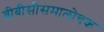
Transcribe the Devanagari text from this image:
बीबीसीसमालोचक